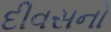
દીવસનો